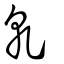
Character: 乾